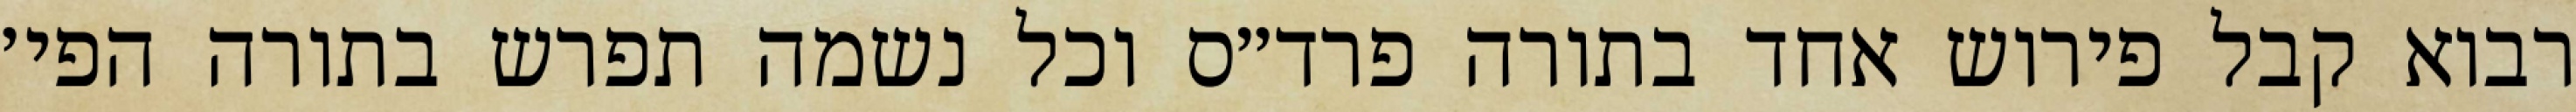
רבוא קבל פירוש אחד בתורה פרד״ס וכל נשמה תפרש בתורה הפי׳